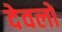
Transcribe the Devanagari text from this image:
देवलों